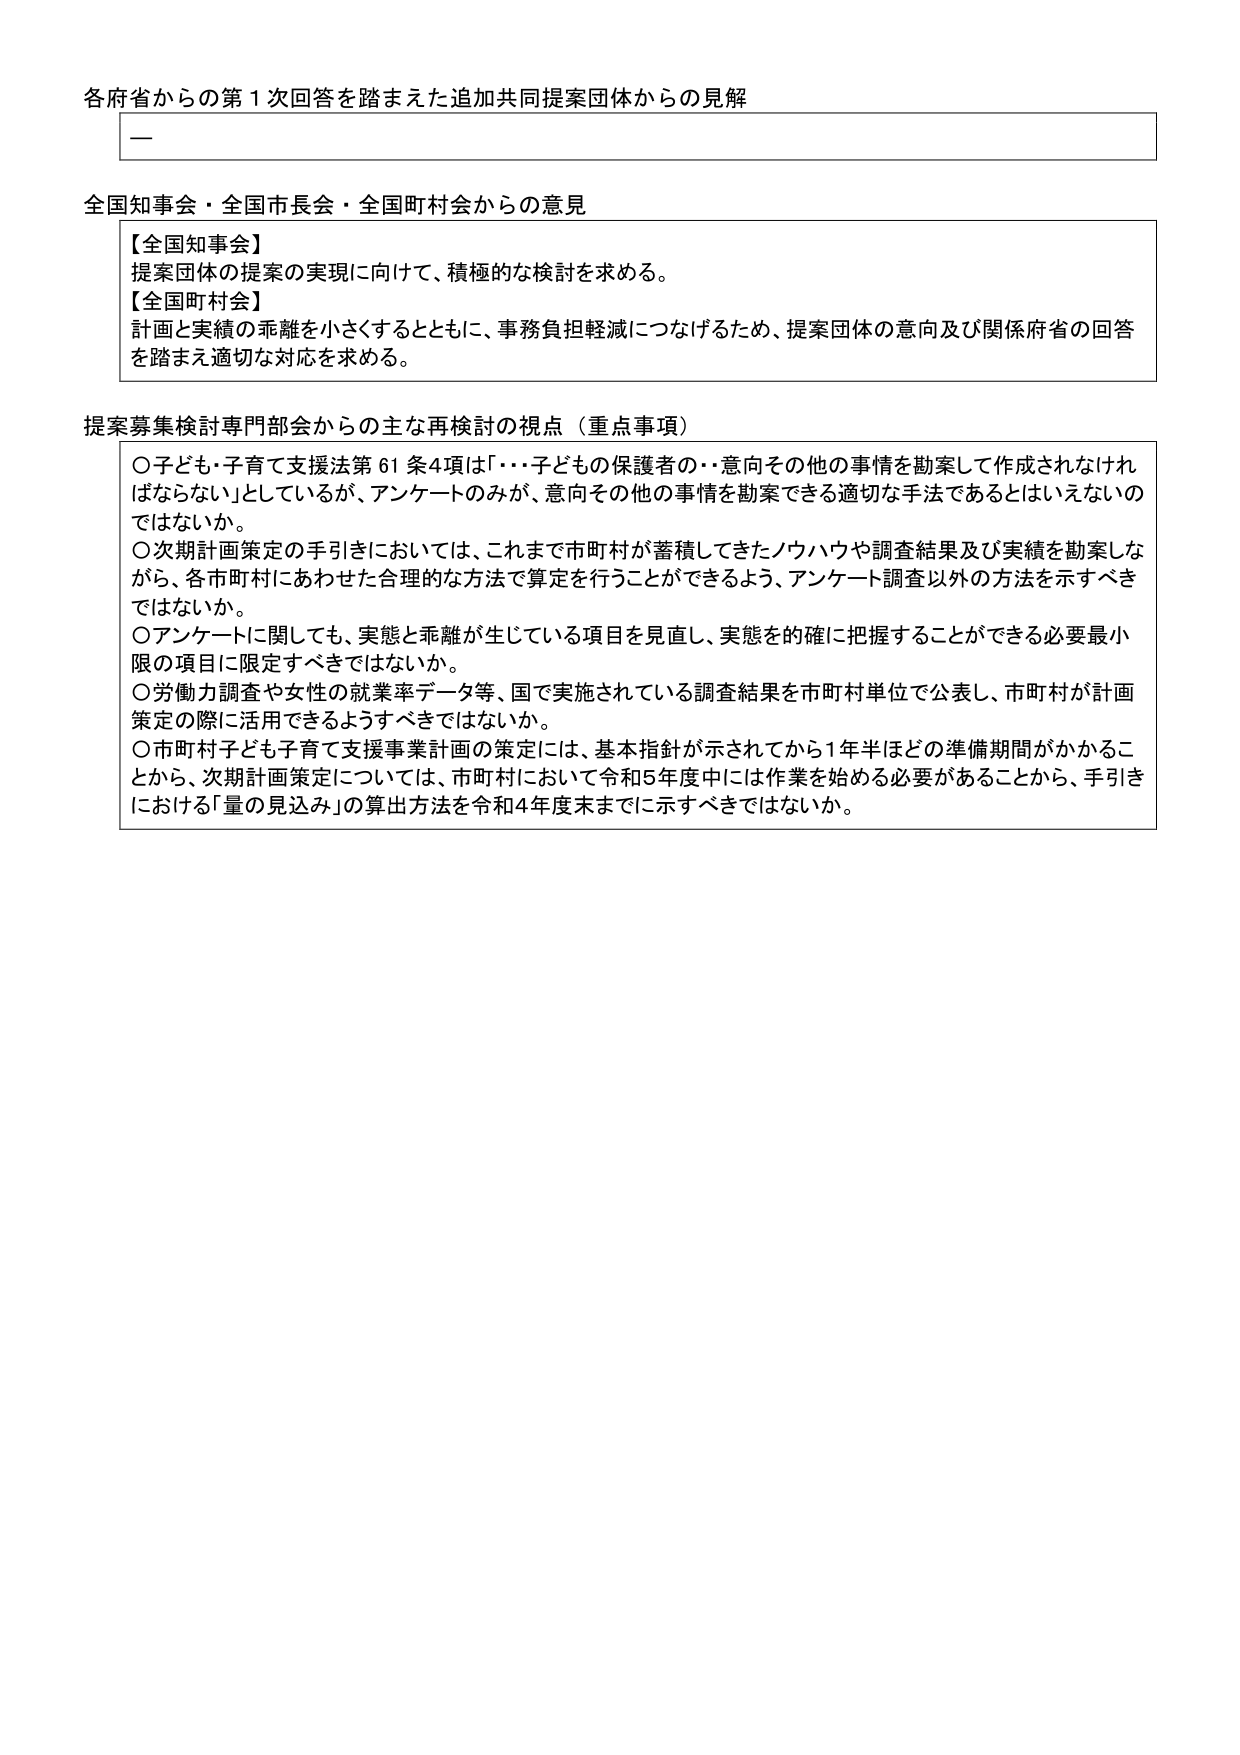
各府省からの第１次回答を踏まえた追加共同提案団体からの見解

—

全国知事会・全国市長会・全国町村会からの意見

【全国知事会】
提案団体の提案の実現に向けて、積極的な検討を求める。
【全国町村会】
計画と実績の乖離を小さくするとともに、事務負担軽減につなげるため、提案団体の意向及び関係府省の回答を踏まえ適切な対応を求める。

提案募集検討専門部会からの主な再検討の視点（重点事項）

○子ども・子育て支援法第61条4項は「・・・子どもの保護者の・・意向その他の事情を勘案して作成されなければならない」としているが、アンケートのみが、意向その他の事情を勘案できる適切な手法であるとはいえないのではないか。
○次期計画策定の手引きにおいては、これまで市町村が蓄積してきたノウハウや調査結果及び実績を勘案しながら、各市町村にあわせた合理的な方法で算定を行うことができるよう、アンケート調査以外の方法を示すべきではないか。
○アンケートに関しても、実態と乖離が生じている項目を見直し、実態を的確に把握することができる必要最小限の項目に限定すべきではないか。
○労働力調査や女性の就業率データ等、国で実施されている調査結果を市町村単位で公表し、市町村が計画策定の際に活用できるようすべきではないか。
○市町村子ども子育て支援事業計画の策定には、基本指針が示されてから1年半ほどの準備期間がかかることから、次期計画策定については、市町村において令和5年度中には作業を始める必要があることから、手引きにおける「量の見込み」の算出方法を令和4年度末までに示すべきではないか。